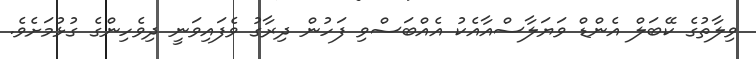
ވިލާތުގެ ކޭބަލް އެންޑް ވަޔަލާސްއާއެކު އެއްބަސްވި ފަހުން ދިރާގު ވެފައިވަނީ ދިވެހިންގެ ގުޅުމަށެވެ.